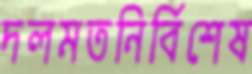
দলমতনির্বিশেষ